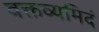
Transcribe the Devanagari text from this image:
वक्तव्यमिदं